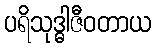
ပရိသုဒ္ဓါဇီဝတာယ